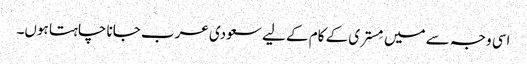
اسی وجہ سے میں مِستری کے کام کے لیے سعودی عرب جانا چاہتا ہوں۔